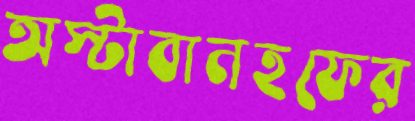
অস্টাবানহফের